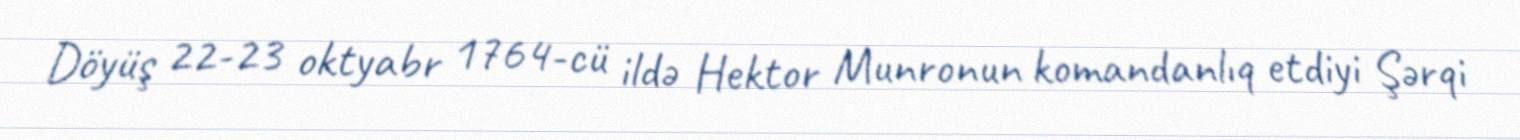
Döyüş 22-23 oktyabr 1764-cü ildə Hektor Munronun komandanlıq etdiyi Şərqi